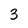
Character: 3